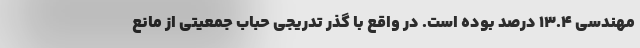
مهندسی ۱۳.۴ درصد بوده است. در واقع با گذر تدریجی حباب جمعیتی از مانع